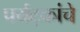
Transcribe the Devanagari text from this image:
पर्यट्कांचे